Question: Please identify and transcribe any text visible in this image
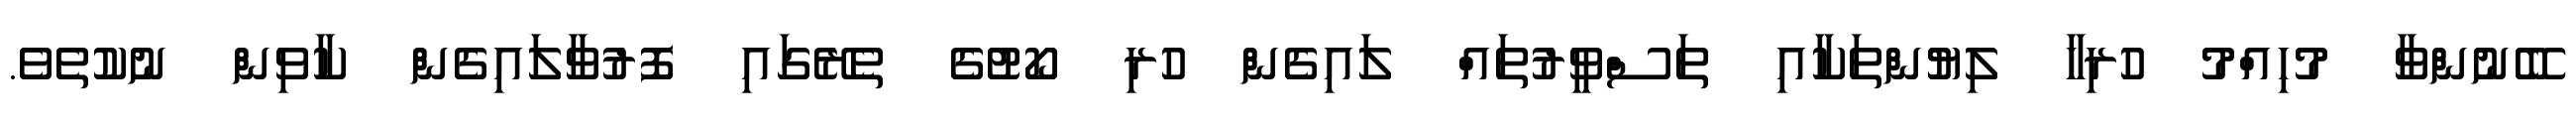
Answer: ބޭނުންވާ މުހިއްމު ހުރިހާ ލިޔުންތަކާއި ތަސްވީރުތައް ލައިގެން ހުރި ކޯޓުގެ ތެރޭގައި ފޮރުވާލައިގެން ކާވިން ނުކުތެވެ.